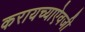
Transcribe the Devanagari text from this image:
करायच्याऐवजी